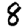
Digit: 8